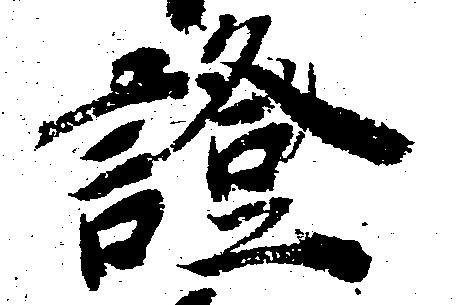
証